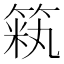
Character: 𫂏